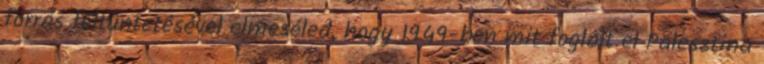
forrás feltüntetésével elmeséled, hogy 1949-ben mit foglalt el Palesztina